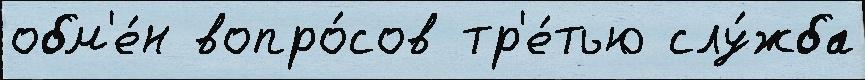
обм'е́н вопро́сов тр'е́тью слу́жба